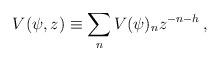
LaTeX: \begin{align*}V(\psi,z)\equiv\sum_nV(\psi)_nz^{-n-h}\,,\end{align*}